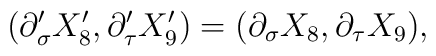
(\partial_\sigma' X'_8, \partial_\tau' X'_9)= (\partial_\sigma X_8, \partial_\tau X_9),